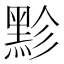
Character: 𪐲